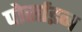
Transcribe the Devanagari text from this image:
पोर्साइन